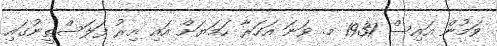
ވަމުން އައިސް 1931 މ. ވަނަ އަހަރާ ހަމަޔަށް އައި އިރު ފަލަސްޠީނުގައި